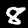
Label: 8